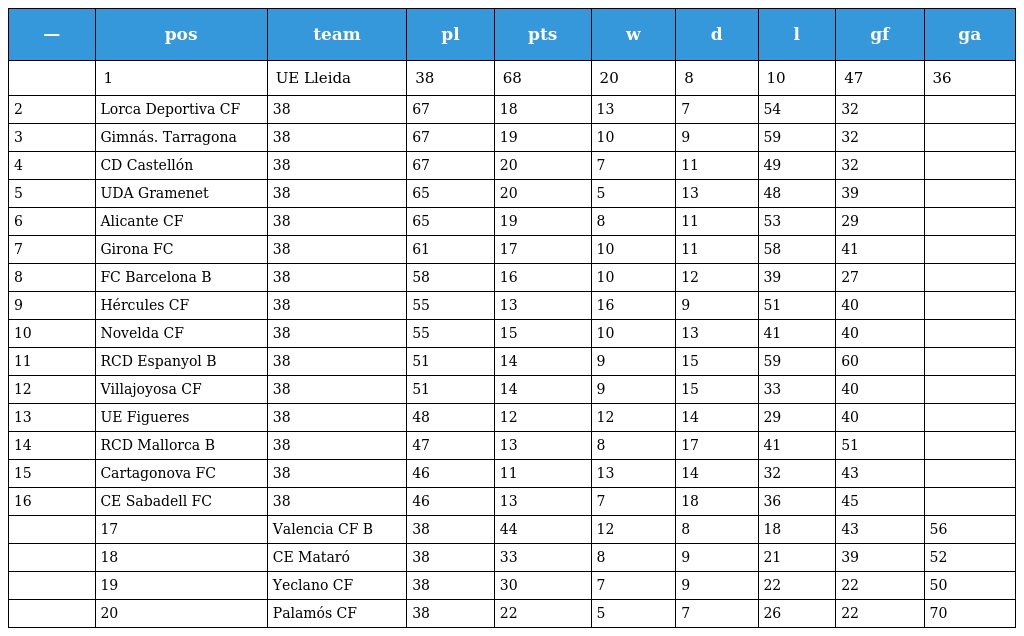
| — | pos | team | pl | pts | w | d | l | gf | ga |
 | --- | --- | --- | --- | --- | --- | --- | --- | --- | --- |
 |  | 1 | UE Lleida | 38 | 68 | 20 | 8 | 10 | 47 | 36 |
 | 2 | Lorca Deportiva CF | 38 | 67 | 18 | 13 | 7 | 54 | 32 |  |
 | 3 | Gimnás. Tarragona | 38 | 67 | 19 | 10 | 9 | 59 | 32 |  |
 | 4 | CD Castellón | 38 | 67 | 20 | 7 | 11 | 49 | 32 |  |
 | 5 | UDA Gramenet | 38 | 65 | 20 | 5 | 13 | 48 | 39 |  |
 | 6 | Alicante CF | 38 | 65 | 19 | 8 | 11 | 53 | 29 |  |
 | 7 | Girona FC | 38 | 61 | 17 | 10 | 11 | 58 | 41 |  |
 | 8 | FC Barcelona B | 38 | 58 | 16 | 10 | 12 | 39 | 27 |  |
 | 9 | Hércules CF | 38 | 55 | 13 | 16 | 9 | 51 | 40 |  |
 | 10 | Novelda CF | 38 | 55 | 15 | 10 | 13 | 41 | 40 |  |
 | 11 | RCD Espanyol B | 38 | 51 | 14 | 9 | 15 | 59 | 60 |  |
 | 12 | Villajoyosa CF | 38 | 51 | 14 | 9 | 15 | 33 | 40 |  |
 | 13 | UE Figueres | 38 | 48 | 12 | 12 | 14 | 29 | 40 |  |
 | 14 | RCD Mallorca B | 38 | 47 | 13 | 8 | 17 | 41 | 51 |  |
 | 15 | Cartagonova FC | 38 | 46 | 11 | 13 | 14 | 32 | 43 |  |
 | 16 | CE Sabadell FC | 38 | 46 | 13 | 7 | 18 | 36 | 45 |  |
 |  | 17 | Valencia CF B | 38 | 44 | 12 | 8 | 18 | 43 | 56 |
 |  | 18 | CE Mataró | 38 | 33 | 8 | 9 | 21 | 39 | 52 |
 |  | 19 | Yeclano CF | 38 | 30 | 7 | 9 | 22 | 22 | 50 |
 |  | 20 | Palamós CF | 38 | 22 | 5 | 7 | 26 | 22 | 70 |